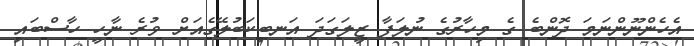
އެހެންނޫންނަމަ ދޮންބެ ގެ މިހާރުގެ ނުލަފާ ޒީލަގަދަ އަނބިކަބުލޭގެއަށް ވުރެ ނާހީ ހާސްބައި